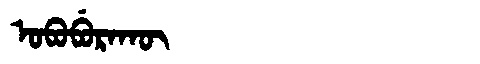
Manchu: ᠣᠪᠣᠪᡠᡵᠠᡴᡡ
Romanization: OBOBURAKŪ